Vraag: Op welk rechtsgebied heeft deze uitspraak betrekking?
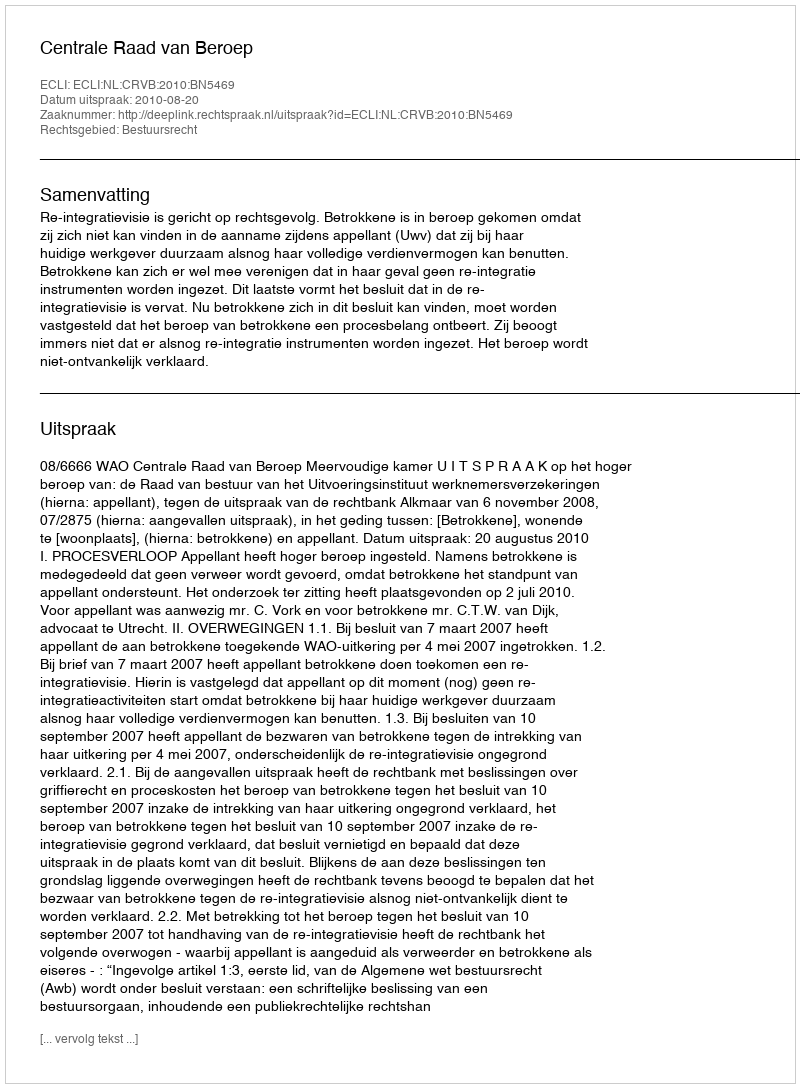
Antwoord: Bestuursrecht